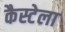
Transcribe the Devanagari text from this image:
कैस्टेला